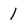
Character: 1